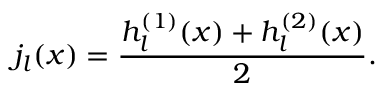
j _ { l } ( x ) = \frac { h _ { l } ^ { ( 1 ) } ( x ) + h _ { l } ^ { ( 2 ) } ( x ) } { 2 } .